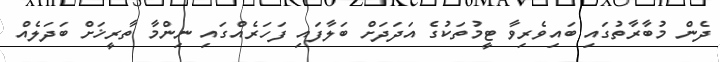
ދެން މުބާރާތުގަައި ބައިވެރިވާ ޓީމުތަކުގެ އަދަދަށް ބަލާފައި ފަހަރެއްގައި ނިންމާ ތާރީޚަށް ބަދަލެއް